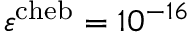
\varepsilon ^ { \mathrm { c h e b } } = 1 0 ^ { - 1 6 }